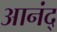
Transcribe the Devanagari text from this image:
आनंद्